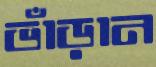
ভাঁড়ান